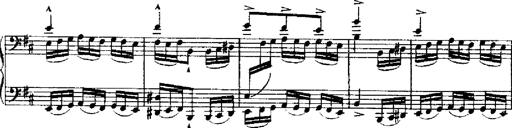
Title: RÃ©miniscences de Robert le diable
Composer: Franz Liszt